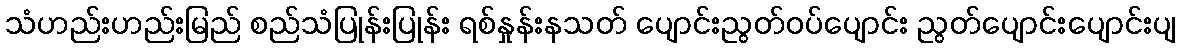
သံဟည်းဟည်းမြည် စည်သံပြုန်းပြုန်း ရစ်နှုန်းနသတ် ပျောင်းညွတ်ဝပ်ပျောင်း ညွတ်ပျောင်းပျောင်းပျ